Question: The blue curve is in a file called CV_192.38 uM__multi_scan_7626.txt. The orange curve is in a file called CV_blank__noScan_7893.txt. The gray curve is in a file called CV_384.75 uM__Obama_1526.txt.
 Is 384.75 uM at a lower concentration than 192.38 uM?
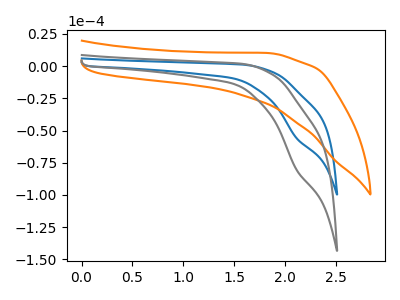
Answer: <think>The blue curve "192.38 uM" has a cathodic peak at: (2.10V, -55.95uA). The orange curve "blank" has no peaks. The gray curve "384.75 uM" has a cathodic peak at: (2.10V, -80.50uA).
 All the peaks in "192.38 uM" have a peak in "384.75 uM" at the same potential. Every peak in "192.38 uM" is lower than every peak in "384.75 uM".</think>
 <answer>"192.38 uM" has less signal than "384.75 uM" and so likely has a lower concentration.</answer>
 <eval>less_concentration</eval>